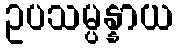
ဥပသမ္ပန္နာယ